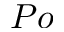
P o